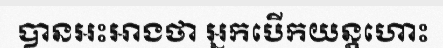
បានអះអាងថា អ្នកបើកយន្តហោះ